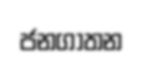
ජනගාතන